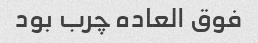
فوق العاده چرب بود